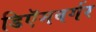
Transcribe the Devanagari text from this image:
डिऍमबर्गर